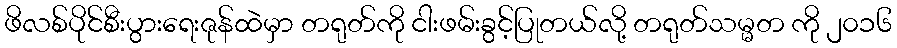
ဖိလစ်ပိုင်စီးပွားရေးဇုန်ထဲမှာ တရုတ်ကို ငါးဖမ်းခွင့်ပြုတယ်လို့ တရုတ်သမ္မတ ကို ၂၀၁၆